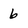
Character: 6